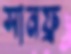
সানফ্র